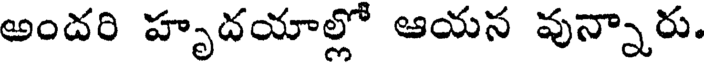
అందరి హృదయాల్లో ఆయన వున్నారు.